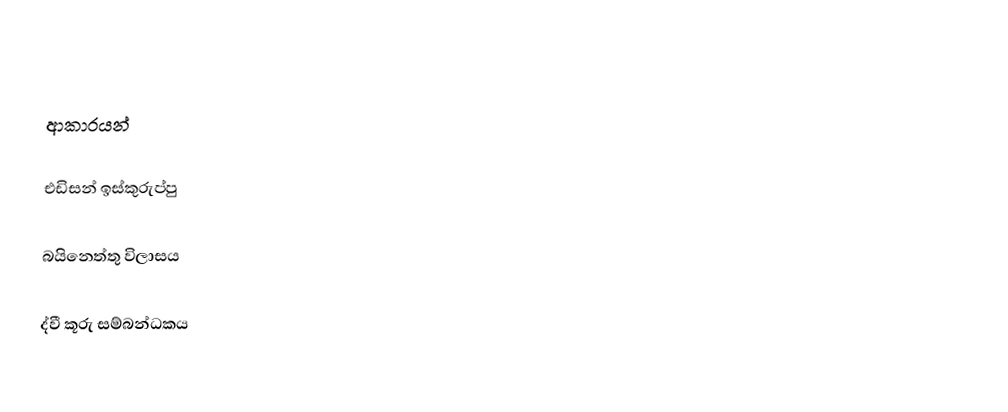

ආකාරයන්

එඩිසන් ඉස්කුරුප්පු

බයිනෙත්තු විලාසය

ද්වී කූරු සම්බන්ධකය